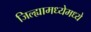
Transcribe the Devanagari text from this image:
जिल्ह्यामध्येमध्ये